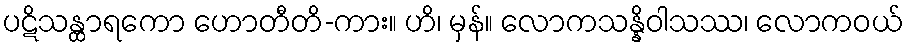
ပဋိသန္ထာရကော ဟောတီတိ-ကား။ ဟိ၊ မှန်။ လောကသန္နိဝါသဿ၊ လောကဝယ်